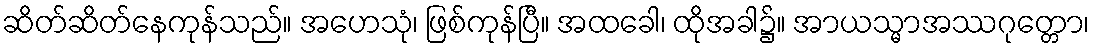
ဆိတ်ဆိတ်နေကုန်သည်။ အဟေသုံ၊ ဖြစ်ကုန်ပြီ။ အထခေါ၊ ထိုအခါ၌။ အာယသ္မာအဿဂုတ္တော၊